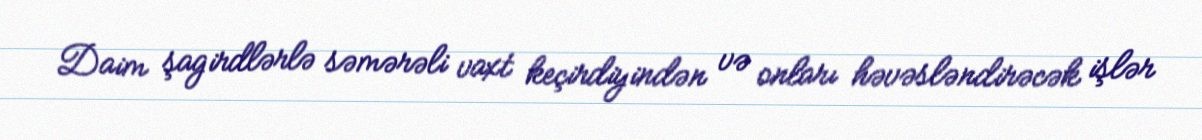
Daim şagirdlərlə səmərəli vaxt keçirdiyindən və onları həvəsləndirəcək işlər